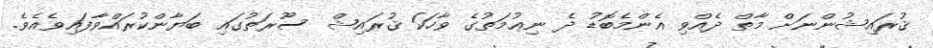
ޤުރައިޝުންނަށް މާތް ދެއްވި އެންމެބޮޑު ދެ ނިޢުމަތުގެ ވާހަކަ ޤުރައިޝް ސޫރަތުގައި ބަޔާންކުރައްވާފައިވެއެވެ.